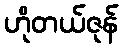
ဟိုတယ်ဇုန်